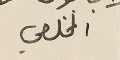
المخلصي